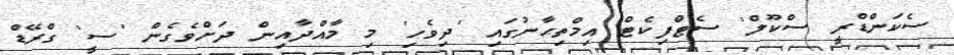
ސެކަންޑްރީ ސްކޫލް' ސެޓްފިކެޓް އިމްތިޙާނުގައި 'ދިވެހި' މި މާއްދާއިން ދަށްވެގެން 'ސީ' ގްރޭޑް